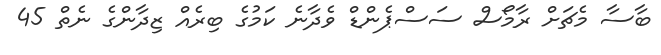
ބާސާ މެޗަށް ރާމޯސް ސަސްޕެންޑް ވެދާނެ ކަމުގެ ބިރެއް ޒިދާންގެ ނެތް 45